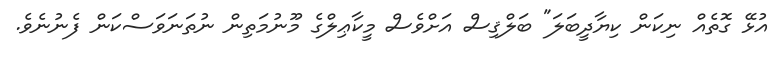
އުޅޭ ގޮތެއް ނިކަން ކިޔާދީބަލަ" ބަލްޤިސް އަށްވެސް މީކާޢިލްގެ މޫނުމަތިން ނުތަނަވަސްކަން ފެނުނެވެ.